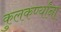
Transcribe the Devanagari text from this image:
कुलकर्ण्यांना